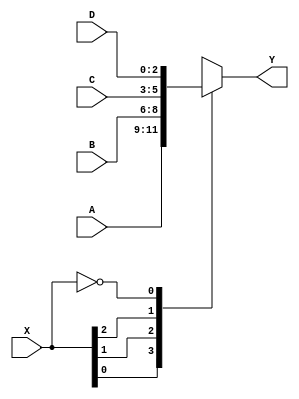
    module gate (input [2:0] A, B, C, D, X, output reg [2:0] Y);
        always @*
            (* parallel_case *)
            casez (X)
                3'b??1: Y = A;
                3'b?1?: Y = B;
                3'b1??: Y = C;
                3'b000: Y = D;
            endcase
    endmodule